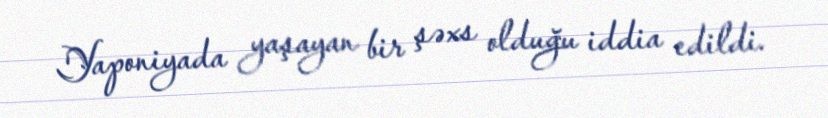
Yaponiyada yaşayan bir şəxs olduğu iddia edildi.